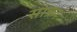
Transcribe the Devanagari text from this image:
साक्रा